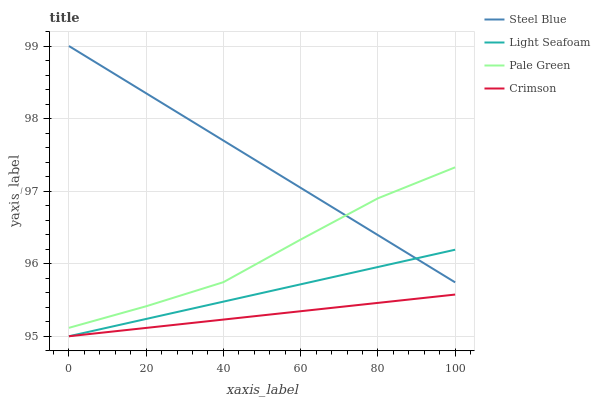
| xaxis_label | Steel Blue | Light Seafoam | Pale Green | Crimson |
 | --- | --- | --- | --- | --- |
 | 0 | 99 | 95 | 95.1 | 95 |
 | 20 | 98.3 | 95.2 | 95.4 | 95.1 |
 | 40 | 97.7 | 95.5 | 95.7 | 95.2 |
 | 60 | 97 | 95.7 | 96.3 | 95.3 |
 | 80 | 96.4 | 96 | 96.9 | 95.5 |
 | 100 | 95.7 | 96.2 | 97.3 | 95.6 |